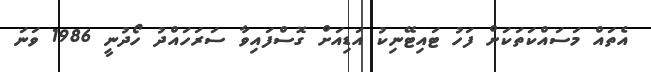
އެތައް މަސައްކަތަކަށް ފަހު ޓައިޓޭނިކު އަޑިއަށް ގޮސްފައިވާ ސަރަހައްދު ހޯދުނީ 1986 ވަނަ